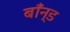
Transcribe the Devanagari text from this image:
बाँन्ड